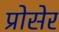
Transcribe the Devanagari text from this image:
प्रोसेर